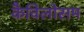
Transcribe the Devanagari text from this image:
कैविलोसम